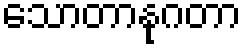
သောတာနုဂတာ